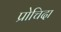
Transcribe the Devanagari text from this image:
प्रोचिदा